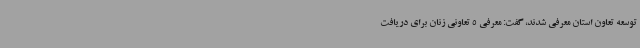
توسعه تعاون استان معرفی شدند، گفت: معرفی 5 تعاونی زنان برای دریافت